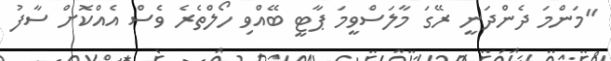
"މަންމަ ދެންދަނީ ރޭގަ މާލަސްވީމަ ޕާޓީ ބޭއްވި ހޯލްތެރެ ވެސް އެއްކޮށް ސާފު